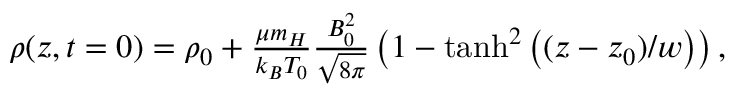
\begin{array} { r } { \rho ( z , t = 0 ) = \rho _ { 0 } + \frac { \mu m _ { H } } { k _ { B } T _ { 0 } } \frac { B _ { 0 } ^ { 2 } } { \sqrt { 8 \pi } } \left( 1 - \operatorname { t a n h } ^ { 2 } \left( ( z - z _ { 0 } ) / w \right) \right) , } \end{array}